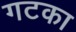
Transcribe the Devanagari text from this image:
गटका